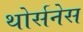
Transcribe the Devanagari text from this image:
थोर्सनेस